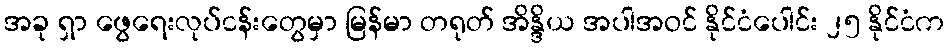
အခု ရှာ ဖွေရေးလုပ်ငန်းတွေမှာ မြန်မာ တရုတ် အိန္ဒိယ အပါအဝင် နိုင်ငံပေါင်း ၂၅ နိုင်ငံက